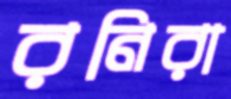
রনিরা